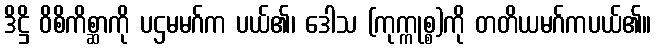
ဒိဋ္ဌိ ဝိစိကိစ္ဆာကို ပဌမမဂ်က ပယ်၏၊ ဒေါသ (ကုက္ကုစ္စ)ကို တတိယမဂ်ကပယ်၏။